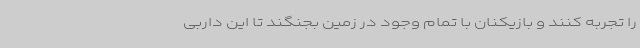
را تجربه کنند و بازیکنان با تمام وجود در زمین بجنگند تا این داربی